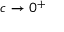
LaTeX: c \to 0 ^ { + }